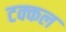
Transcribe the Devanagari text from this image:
टक्कल